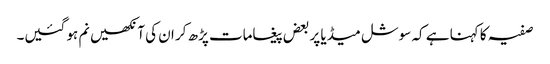
صفیہ کا کہنا ہے کہ سوشل میڈیا پر بعض پیغامات پڑھ کر ان کی آنکھیں نم ہو گئیں۔